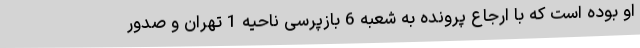
او بوده است که با ارجاع پرونده به شعبه 6 بازپرسی ناحیه 1 تهران و صدور